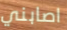
اصابني